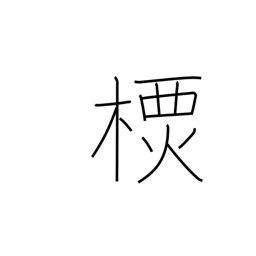
Meaning: a type of tree